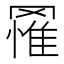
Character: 𮊔